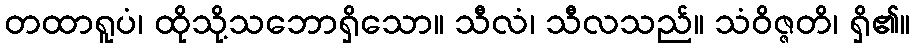
တထာရူပံ၊ ထိုသို့သဘောရှိသော။ သီလံ၊ သီလသည်။ သံဝိဇ္ဇတိ၊ ရှိ၏။